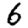
Digit: 6